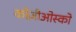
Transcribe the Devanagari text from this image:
कोज़ीओस्को